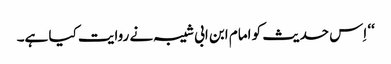
‘‘ اِس حدیث کو امام ابن ابی شیبہ نے روایت کیا ہے۔